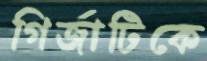
গির্জাটিকে